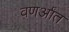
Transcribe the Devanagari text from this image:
वणर्आंत